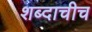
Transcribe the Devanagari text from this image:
शब्दाचीच